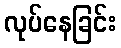
လုပ်နေခြင်း